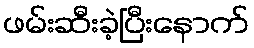
ဖမ်းဆီးခဲ့ပြီးနောက်